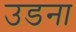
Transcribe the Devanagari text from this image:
उडना